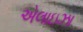
એલાઇઝા